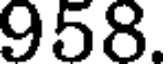
958.